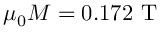
\mu _ { 0 } M = 0 . 1 7 2 ~ \mathrm { T }